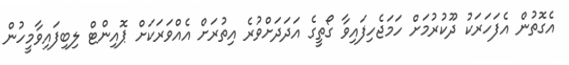
އެގޮތުން އެފަހަރަކު ދޫކުރުމަށް ހަމަޖެހިފައިވާ ގޯތީގެ އަދަދަށްވުރެ އިތުރަށް އެއްވަރަކަށް ޕޮއިންޓް ލިބިފައިވާމީހުން